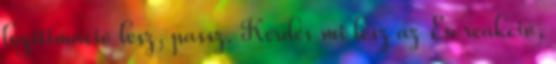
legitimáció lesz, passz. Kérdés mi lesz az Eu reakció,